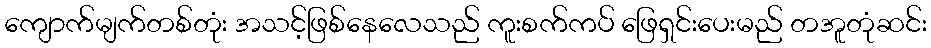
ကျောက်မျက်တစ်တုံး အသင့်ဖြစ်နေလေသည် ကူးစက်ကပ် ဖြေရှင်းပေးမည် တအူတုံဆင်း